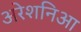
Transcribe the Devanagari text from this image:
अरेशनिआ